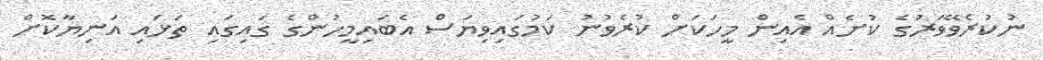
ނުކުރެވޭވަރުގެ ކުށެއް އެއިން މީހަކަށް ކުރެވުނު ކަމުގައިވިޔަސް އެބައިމީހުންގެ ގައިގައި ތަޅައި އަނިޔާކޮށް